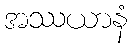
အဿယာနံ